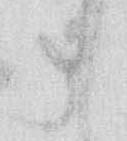
申